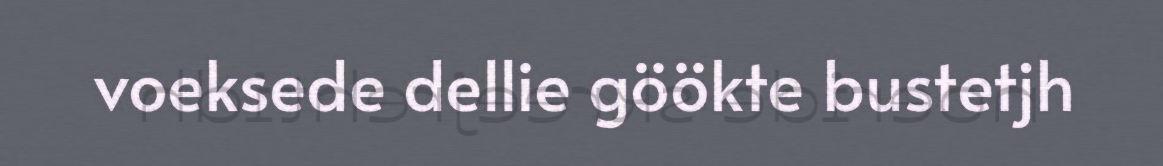
voeksede dellie göökte bustetjh